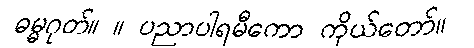
ဓမ္မဂုတ်။ ။ ပညာပါရမီကော ကိုယ်တော်။